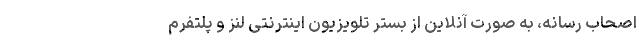
اصحاب رسانه، به صورت آنلاین از بستر تلویزیون اینترنتی لنز و پلتفرم